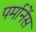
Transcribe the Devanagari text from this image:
पर्मानेंस